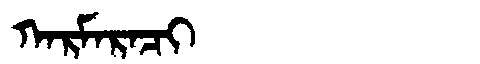
Manchu: ᡴᠠᡵᠮᠠᡵᠠᠴᡳ
Romanization: KARMARACI